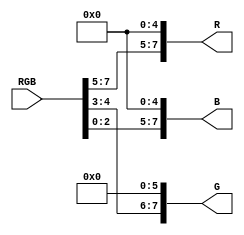
module RGB8_RGB24(
       input  wire [7:0]RGB,
		 output wire [7:0]R,
		 output wire [7:0]G,
		 output wire [7:0]B
		 );
		 
assign R={RGB[7:5],5'b00000};
assign G={RGB[4:3],6'b000000};
assign B={RGB[2:0],5'b00000};

endmodule